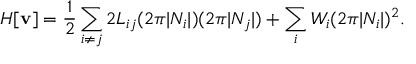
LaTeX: H [ { \bf v } ] = \frac { 1 } { 2 } \sum _ { i \neq j } 2 { \cal L } _ { i j } ( 2 \pi | N _ { i } | ) ( 2 \pi | N _ { j } | ) + \sum _ { i } { \cal W } _ { i } ( 2 \pi | N _ { i } | ) ^ { 2 } .